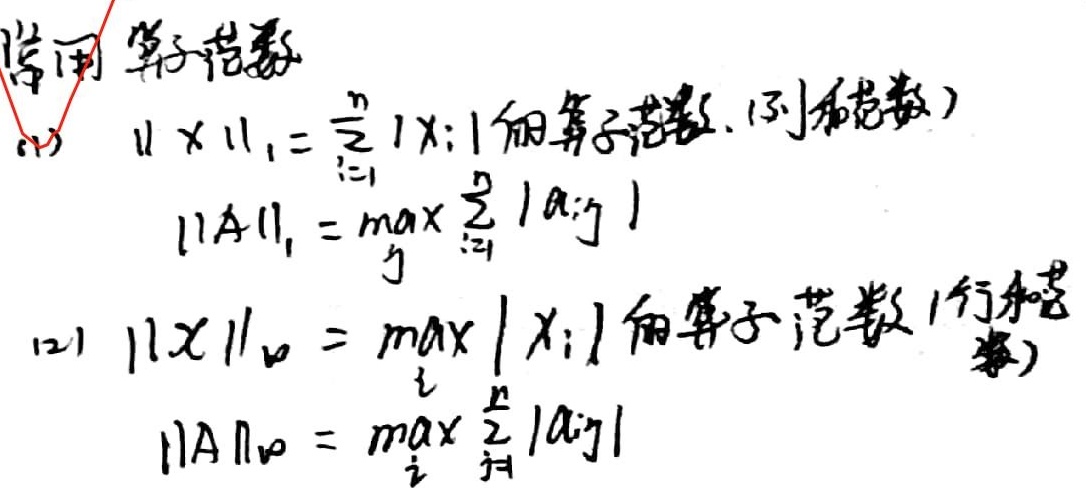
常用算子范数：
(1) $\| x \|_{1}=\sum_{i = 1}^{n}|x_{i}|$ 的算子范数（列和范数）$\|A\|_{1}=\max_{j}\sum_{i = 1}^{n}|a_{ij}|$。
(2) $\| x \|_{\infty}=\max_{i}|x_{i}|$ 的算子范数（行和范数）$\|A\|_{\infty}=\max_{i}\sum_{j = 1}^{n}|a_{ij}|$。